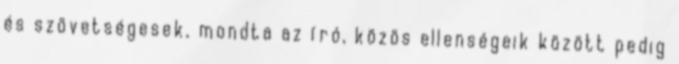
és szövetségesek, mondta az író, közös ellenségeik között pedig